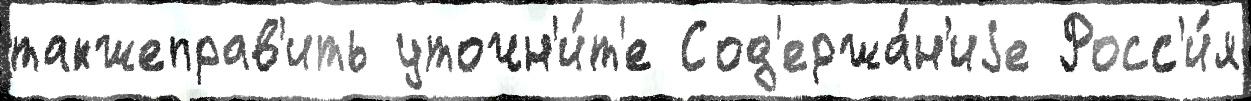
такжеправ'ить уточн'и́т'е Сод'ержа́н'иjе Росс'и́я